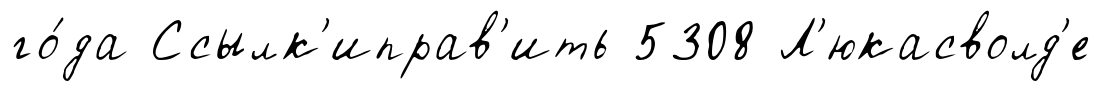
го́да Ссылк'иправ'ить 5308 Л'юкасволд'е